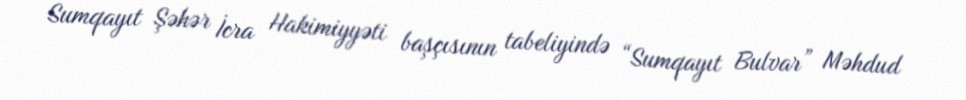
Sumqayıt Şəhər İcra Hakimiyyəti başçısının tabeliyində “Sumqayıt Bulvar” Məhdud